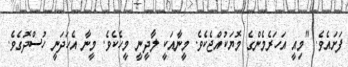
ފަށައެވެ. "މިއީ އަހަރެމެންގެ މޮޔަކުއްޖެކެވެ. މީނާއަކީ ލާދީނީ މީހެކެވެ. މީނާ އެހަދަނީ ހުސްދޮގެވެ.